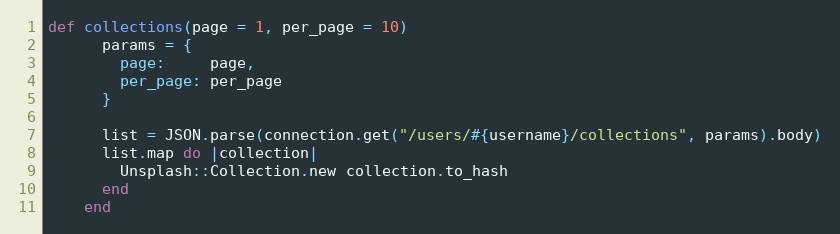
Language: Ruby
def collections(page = 1, per_page = 10)
      params = {
        page:     page,
        per_page: per_page
      }

      list = JSON.parse(connection.get("/users/#{username}/collections", params).body)
      list.map do |collection|
        Unsplash::Collection.new collection.to_hash
      end
    end